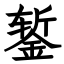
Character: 錾